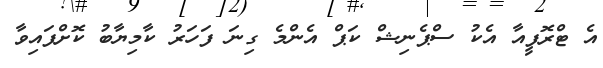
އެ ޓްރޮފީއާ އެކު ސްޕެނިޝް ކަޕް އެންމެ ގިނަ ފަހަރު ކާމިޔާބު ކޮށްފައިވާ